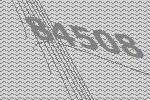
84508